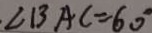
\angle B A C = 6 0 ^ { \circ }